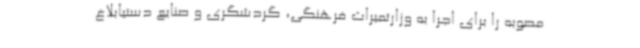
مصوبه را برای اجرا به وزارتمیراث فرهنگی، گردشگری و صنایع دستیابلاغ